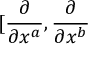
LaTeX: \lbrack \frac { \partial } { \partial x ^ { a } } , \frac { \partial } { \partial x ^ { b } }